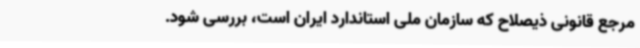
مرجع قانونی ذیصلاح که سازمان ملی استاندارد ایران است، بررسی شود.